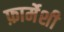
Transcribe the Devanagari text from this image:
फ़ार्मेशी